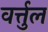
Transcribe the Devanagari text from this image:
वर्त्तुल